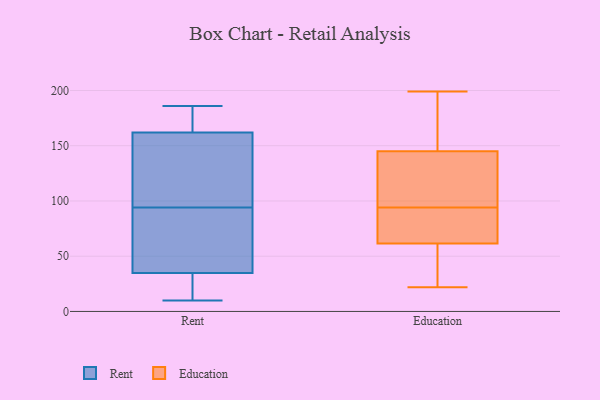
{"axis": {"x": "Bounce Rate (%)", "y": "Value"}, "legend": ["Education", "Rent"], "data": [{"x": "", "y": 34, "type": "Rent"}, {"x": "", "y": 94, "type": "Rent"}, {"x": "", "y": 17, "type": "Rent"}, {"x": "", "y": 78, "type": "Rent"}, {"x": "", "y": 122, "type": "Rent"}, {"x": "", "y": 185, "type": "Rent"}, {"x": "", "y": 127, "type": "Rent"}, {"x": "", "y": 10, "type": "Rent"}, {"x": "", "y": 186, "type": "Rent"}, {"x": "", "y": 132, "type": "Rent"}, {"x": "", "y": 172, "type": "Rent"}, {"x": "", "y": 92, "type": "Rent"}, {"x": "", "y": 185, "type": "Rent"}, {"x": "", "y": 37, "type": "Rent"}, {"x": "", "y": 24, "type": "Rent"}, {"x": "", "y": 22, "type": "Education"}, {"x": "", "y": 41, "type": "Education"}, {"x": "", "y": 197, "type": "Education"}, {"x": "", "y": 112, "type": "Education"}, {"x": "", "y": 75, "type": "Education"}, {"x": "", "y": 199, "type": "Education"}, {"x": "", "y": 57, "type": "Education"}, {"x": "", "y": 48, "type": "Education"}, {"x": "", "y": 145, "type": "Education"}, {"x": "", "y": 145, "type": "Education"}, {"x": "", "y": 94, "type": "Education"}, {"x": "", "y": 83, "type": "Education"}, {"x": "", "y": 88, "type": "Education"}, {"x": "", "y": 131, "type": "Education"}, {"x": "", "y": 189, "type": "Education"}]}